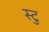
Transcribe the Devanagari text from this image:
स्टु